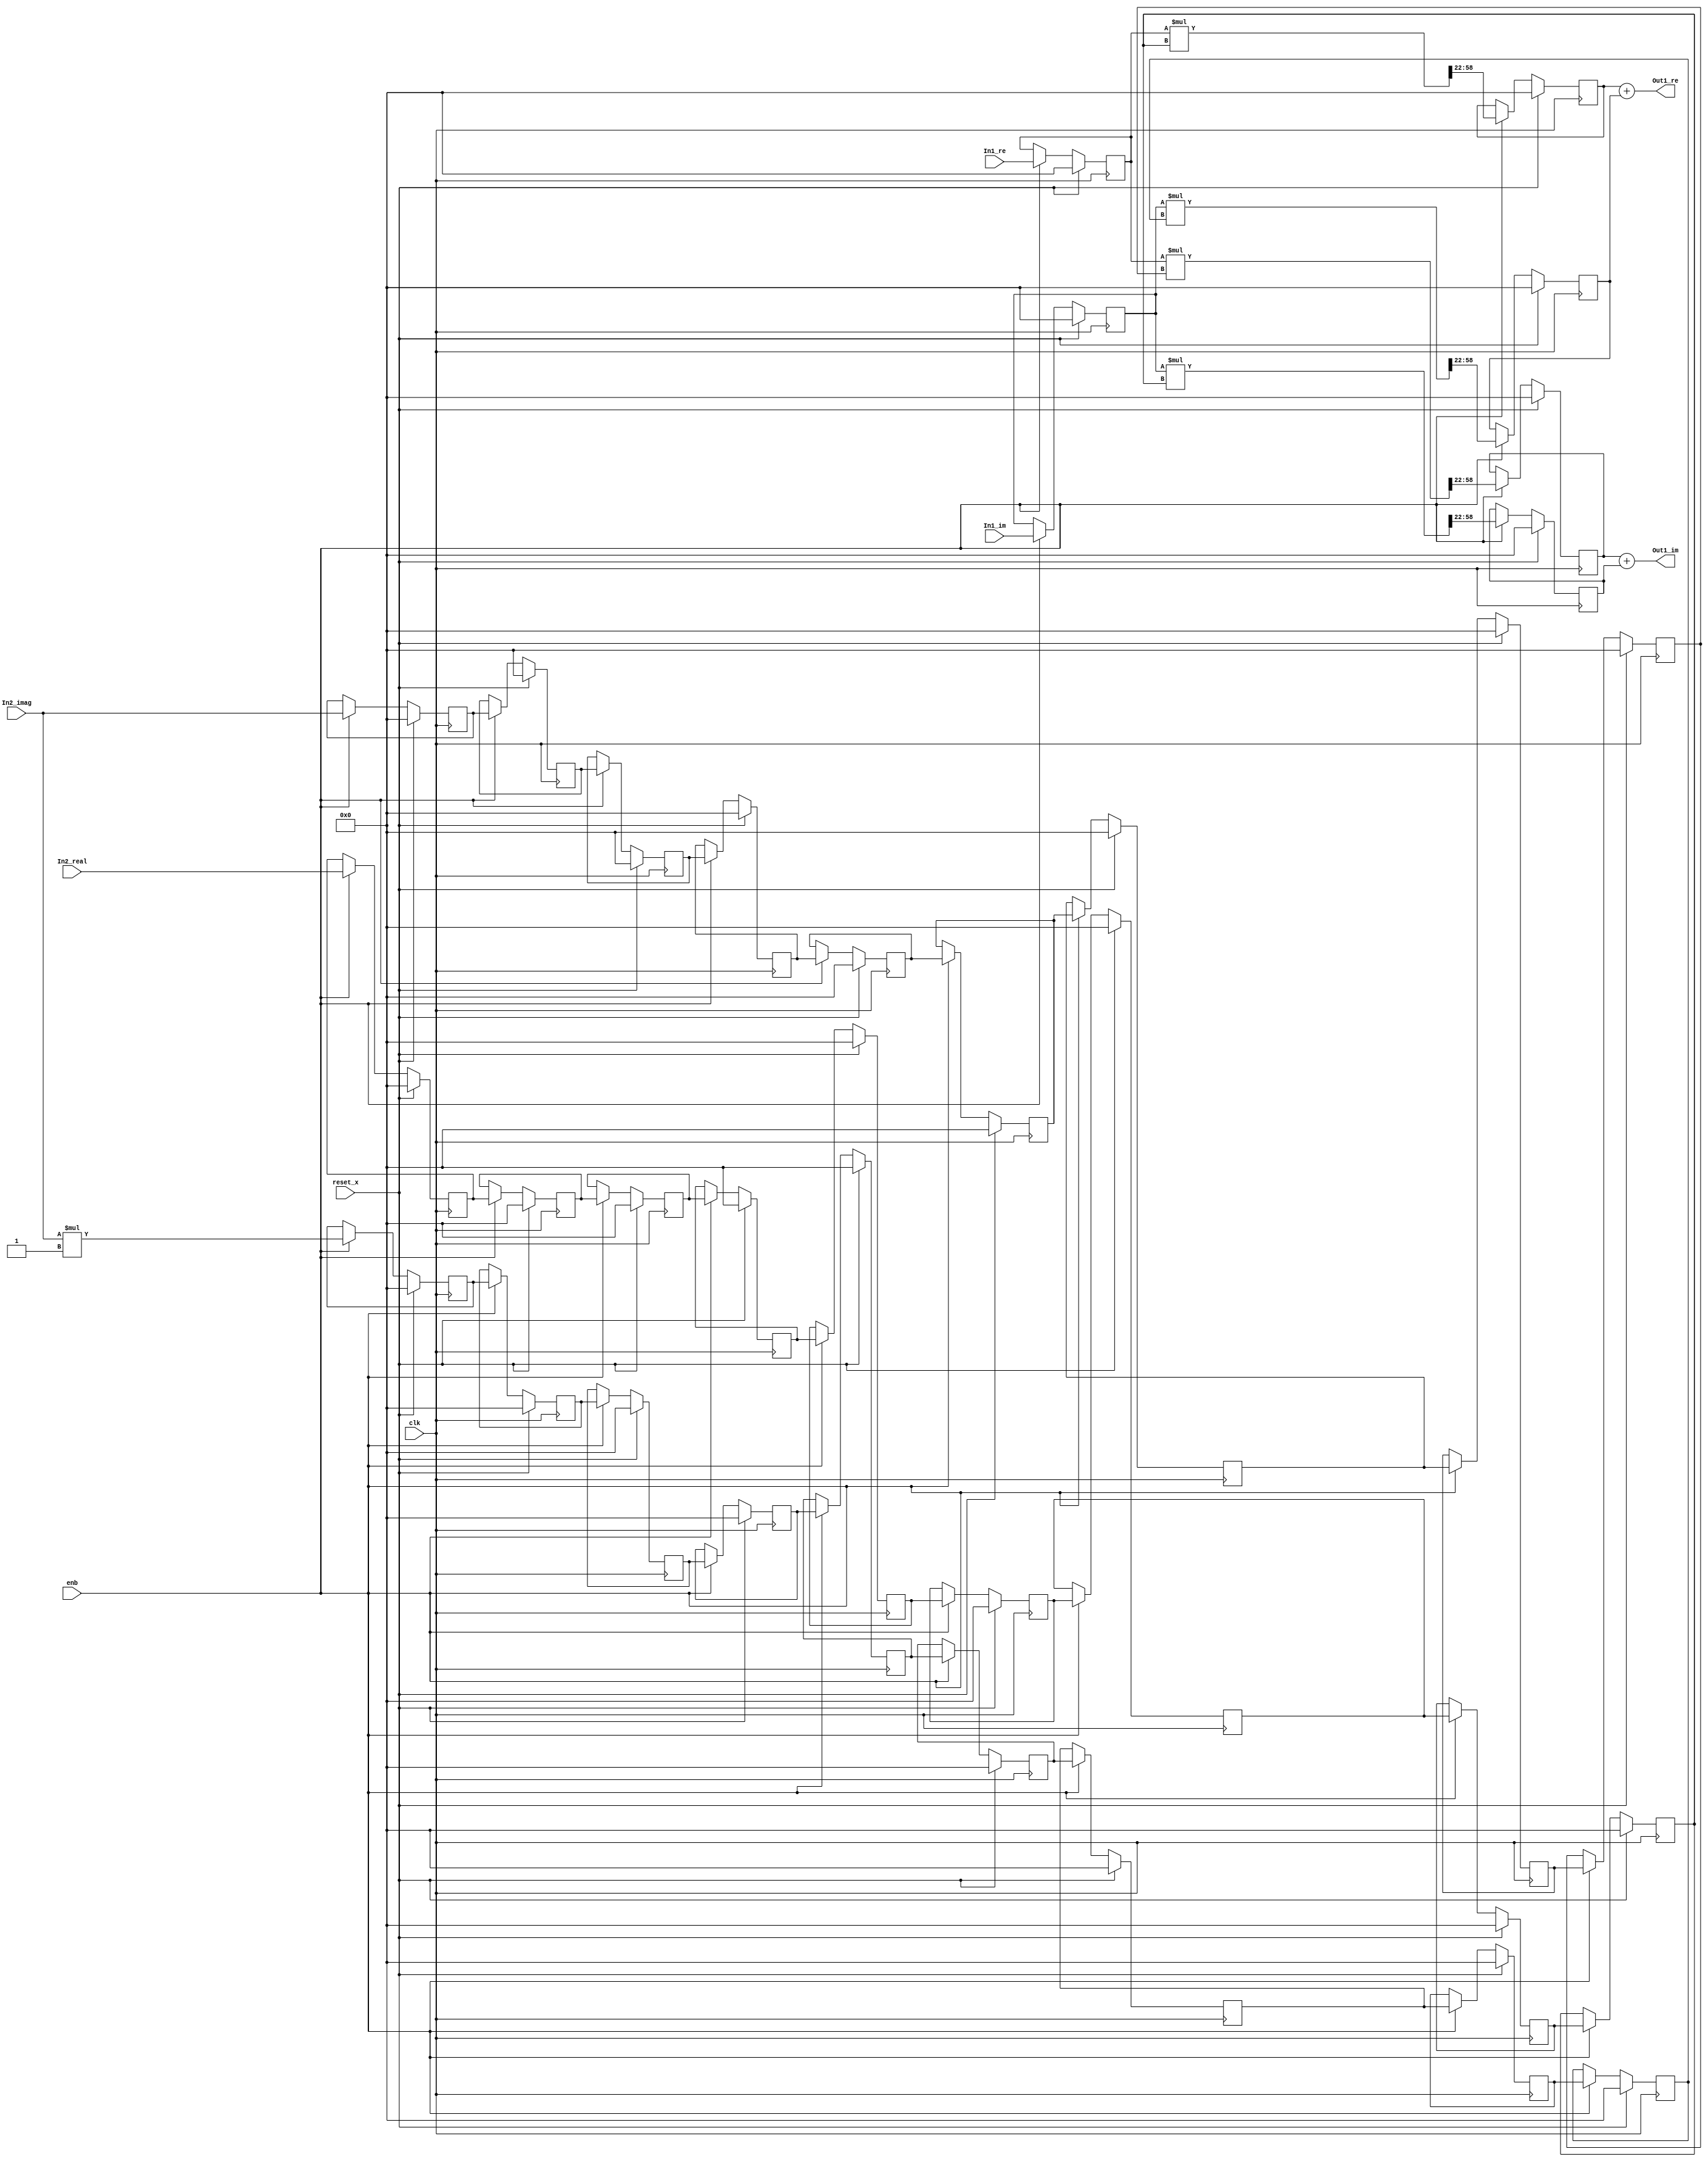
// -------------------------------------------------------------
// 
// 
// Generated by MATLAB 9.8 and HDL Coder 3.16
// 
// -------------------------------------------------------------


// -------------------------------------------------------------
// 
// Module: Complex_multiplication1_block9
// Source Path: newhope_cambios/FDHT/DFT/DFT5/DFT5-column 1/DFT5-3/Complex-multiplication1
// Hierarchy Level: 5
// 
// -------------------------------------------------------------

`timescale 1 ns / 1 ns

module Complex_multiplication1_block9
          (clk,
           reset_x,
           enb,
           In1_re,
           In1_im,
           In2_real,
           In2_imag,
           Out1_re,
           Out1_im);


  input   clk;
  input   reset_x;
  input   enb;
  input   signed [36:0] In1_re;  // sfix37_En22
  input   signed [36:0] In1_im;  // sfix37_En22
  input   signed [36:0] In2_real;  // sfix37_En22
  input   signed [36:0] In2_imag;  // sfix37_En22
  output  signed [36:0] Out1_re;  // sfix37_En22
  output  signed [36:0] Out1_im;  // sfix37_En22


  reg signed [36:0] Complex_to_Real_Imag1_out1;  // sfix37_En22
  reg signed [36:0] reduced_reg [0:8];  // sfix37 [9]
  wire signed [36:0] reduced_reg_next [0:8];  // sfix37_En22 [9]
  wire signed [36:0] In2_real_1;  // sfix37_En22
  wire signed [73:0] Product_mul_temp;  // sfix74_En44
  wire signed [36:0] Product_out1;  // sfix37_En22
  reg signed [36:0] Product_out1_1;  // sfix37_En22
  reg signed [36:0] Complex_to_Real_Imag1_out2;  // sfix37_En22
  wire signed [1:0] Constant_out1;  // sfix2
  wire signed [38:0] Product4_mul_temp;  // sfix39_En22
  wire signed [36:0] Product4_out1;  // sfix37_En22
  reg signed [36:0] HwModeRegister3_reg [0:8];  // sfix37 [9]
  wire signed [36:0] HwModeRegister3_reg_next [0:8];  // sfix37_En22 [9]
  wire signed [36:0] Product4_out1_1;  // sfix37_En22
  wire signed [73:0] Product1_mul_temp;  // sfix74_En44
  wire signed [36:0] Product1_out1;  // sfix37_En22
  reg signed [36:0] Product1_out1_1;  // sfix37_En22
  wire signed [36:0] Sum_out1;  // sfix37_En22
  reg signed [36:0] HwModeRegister5_reg [0:8];  // sfix37 [9]
  wire signed [36:0] HwModeRegister5_reg_next [0:8];  // sfix37_En22 [9]
  wire signed [36:0] In2_imag_1;  // sfix37_En22
  wire signed [73:0] Product2_mul_temp;  // sfix74_En44
  wire signed [36:0] Product2_out1;  // sfix37_En22
  reg signed [36:0] Product2_out1_1;  // sfix37_En22
  wire signed [73:0] Product3_mul_temp;  // sfix74_En44
  wire signed [36:0] Product3_out1;  // sfix37_En22
  reg signed [36:0] Product3_out1_1;  // sfix37_En22
  wire signed [36:0] Sum1_out1;  // sfix37_En22


  always @(posedge clk)
    begin : reduced_process
      if (reset_x == 1'b1) begin
        Complex_to_Real_Imag1_out1 <= 37'sh0000000000;
      end
      else begin
        if (enb) begin
          Complex_to_Real_Imag1_out1 <= In1_re;
        end
      end
    end



  always @(posedge clk)
    begin : reduced_1_process
      if (reset_x == 1'b1) begin
        reduced_reg[0] <= 37'sh0000000000;
        reduced_reg[1] <= 37'sh0000000000;
        reduced_reg[2] <= 37'sh0000000000;
        reduced_reg[3] <= 37'sh0000000000;
        reduced_reg[4] <= 37'sh0000000000;
        reduced_reg[5] <= 37'sh0000000000;
        reduced_reg[6] <= 37'sh0000000000;
        reduced_reg[7] <= 37'sh0000000000;
        reduced_reg[8] <= 37'sh0000000000;
      end
      else begin
        if (enb) begin
          reduced_reg[0] <= reduced_reg_next[0];
          reduced_reg[1] <= reduced_reg_next[1];
          reduced_reg[2] <= reduced_reg_next[2];
          reduced_reg[3] <= reduced_reg_next[3];
          reduced_reg[4] <= reduced_reg_next[4];
          reduced_reg[5] <= reduced_reg_next[5];
          reduced_reg[6] <= reduced_reg_next[6];
          reduced_reg[7] <= reduced_reg_next[7];
          reduced_reg[8] <= reduced_reg_next[8];
        end
      end
    end

  assign In2_real_1 = reduced_reg[8];
  assign reduced_reg_next[0] = In2_real;
  assign reduced_reg_next[1] = reduced_reg[0];
  assign reduced_reg_next[2] = reduced_reg[1];
  assign reduced_reg_next[3] = reduced_reg[2];
  assign reduced_reg_next[4] = reduced_reg[3];
  assign reduced_reg_next[5] = reduced_reg[4];
  assign reduced_reg_next[6] = reduced_reg[5];
  assign reduced_reg_next[7] = reduced_reg[6];
  assign reduced_reg_next[8] = reduced_reg[7];



  assign Product_mul_temp = Complex_to_Real_Imag1_out1 * In2_real_1;
  assign Product_out1 = Product_mul_temp[58:22];



  always @(posedge clk)
    begin : PipelineRegister_process
      if (reset_x == 1'b1) begin
        Product_out1_1 <= 37'sh0000000000;
      end
      else begin
        if (enb) begin
          Product_out1_1 <= Product_out1;
        end
      end
    end



  always @(posedge clk)
    begin : reduced_2_process
      if (reset_x == 1'b1) begin
        Complex_to_Real_Imag1_out2 <= 37'sh0000000000;
      end
      else begin
        if (enb) begin
          Complex_to_Real_Imag1_out2 <= In1_im;
        end
      end
    end



  assign Constant_out1 = 2'sb11;



  assign Product4_mul_temp = In2_imag * Constant_out1;
  assign Product4_out1 = Product4_mul_temp[36:0];



  always @(posedge clk)
    begin : HwModeRegister3_process
      if (reset_x == 1'b1) begin
        HwModeRegister3_reg[0] <= 37'sh0000000000;
        HwModeRegister3_reg[1] <= 37'sh0000000000;
        HwModeRegister3_reg[2] <= 37'sh0000000000;
        HwModeRegister3_reg[3] <= 37'sh0000000000;
        HwModeRegister3_reg[4] <= 37'sh0000000000;
        HwModeRegister3_reg[5] <= 37'sh0000000000;
        HwModeRegister3_reg[6] <= 37'sh0000000000;
        HwModeRegister3_reg[7] <= 37'sh0000000000;
        HwModeRegister3_reg[8] <= 37'sh0000000000;
      end
      else begin
        if (enb) begin
          HwModeRegister3_reg[0] <= HwModeRegister3_reg_next[0];
          HwModeRegister3_reg[1] <= HwModeRegister3_reg_next[1];
          HwModeRegister3_reg[2] <= HwModeRegister3_reg_next[2];
          HwModeRegister3_reg[3] <= HwModeRegister3_reg_next[3];
          HwModeRegister3_reg[4] <= HwModeRegister3_reg_next[4];
          HwModeRegister3_reg[5] <= HwModeRegister3_reg_next[5];
          HwModeRegister3_reg[6] <= HwModeRegister3_reg_next[6];
          HwModeRegister3_reg[7] <= HwModeRegister3_reg_next[7];
          HwModeRegister3_reg[8] <= HwModeRegister3_reg_next[8];
        end
      end
    end

  assign Product4_out1_1 = HwModeRegister3_reg[8];
  assign HwModeRegister3_reg_next[0] = Product4_out1;
  assign HwModeRegister3_reg_next[1] = HwModeRegister3_reg[0];
  assign HwModeRegister3_reg_next[2] = HwModeRegister3_reg[1];
  assign HwModeRegister3_reg_next[3] = HwModeRegister3_reg[2];
  assign HwModeRegister3_reg_next[4] = HwModeRegister3_reg[3];
  assign HwModeRegister3_reg_next[5] = HwModeRegister3_reg[4];
  assign HwModeRegister3_reg_next[6] = HwModeRegister3_reg[5];
  assign HwModeRegister3_reg_next[7] = HwModeRegister3_reg[6];
  assign HwModeRegister3_reg_next[8] = HwModeRegister3_reg[7];



  assign Product1_mul_temp = Complex_to_Real_Imag1_out2 * Product4_out1_1;
  assign Product1_out1 = Product1_mul_temp[58:22];



  always @(posedge clk)
    begin : PipelineRegister1_process
      if (reset_x == 1'b1) begin
        Product1_out1_1 <= 37'sh0000000000;
      end
      else begin
        if (enb) begin
          Product1_out1_1 <= Product1_out1;
        end
      end
    end



  assign Sum_out1 = Product_out1_1 + Product1_out1_1;



  assign Out1_re = Sum_out1;

  always @(posedge clk)
    begin : HwModeRegister5_process
      if (reset_x == 1'b1) begin
        HwModeRegister5_reg[0] <= 37'sh0000000000;
        HwModeRegister5_reg[1] <= 37'sh0000000000;
        HwModeRegister5_reg[2] <= 37'sh0000000000;
        HwModeRegister5_reg[3] <= 37'sh0000000000;
        HwModeRegister5_reg[4] <= 37'sh0000000000;
        HwModeRegister5_reg[5] <= 37'sh0000000000;
        HwModeRegister5_reg[6] <= 37'sh0000000000;
        HwModeRegister5_reg[7] <= 37'sh0000000000;
        HwModeRegister5_reg[8] <= 37'sh0000000000;
      end
      else begin
        if (enb) begin
          HwModeRegister5_reg[0] <= HwModeRegister5_reg_next[0];
          HwModeRegister5_reg[1] <= HwModeRegister5_reg_next[1];
          HwModeRegister5_reg[2] <= HwModeRegister5_reg_next[2];
          HwModeRegister5_reg[3] <= HwModeRegister5_reg_next[3];
          HwModeRegister5_reg[4] <= HwModeRegister5_reg_next[4];
          HwModeRegister5_reg[5] <= HwModeRegister5_reg_next[5];
          HwModeRegister5_reg[6] <= HwModeRegister5_reg_next[6];
          HwModeRegister5_reg[7] <= HwModeRegister5_reg_next[7];
          HwModeRegister5_reg[8] <= HwModeRegister5_reg_next[8];
        end
      end
    end

  assign In2_imag_1 = HwModeRegister5_reg[8];
  assign HwModeRegister5_reg_next[0] = In2_imag;
  assign HwModeRegister5_reg_next[1] = HwModeRegister5_reg[0];
  assign HwModeRegister5_reg_next[2] = HwModeRegister5_reg[1];
  assign HwModeRegister5_reg_next[3] = HwModeRegister5_reg[2];
  assign HwModeRegister5_reg_next[4] = HwModeRegister5_reg[3];
  assign HwModeRegister5_reg_next[5] = HwModeRegister5_reg[4];
  assign HwModeRegister5_reg_next[6] = HwModeRegister5_reg[5];
  assign HwModeRegister5_reg_next[7] = HwModeRegister5_reg[6];
  assign HwModeRegister5_reg_next[8] = HwModeRegister5_reg[7];



  assign Product2_mul_temp = Complex_to_Real_Imag1_out1 * In2_imag_1;
  assign Product2_out1 = Product2_mul_temp[58:22];



  always @(posedge clk)
    begin : PipelineRegister2_process
      if (reset_x == 1'b1) begin
        Product2_out1_1 <= 37'sh0000000000;
      end
      else begin
        if (enb) begin
          Product2_out1_1 <= Product2_out1;
        end
      end
    end



  assign Product3_mul_temp = Complex_to_Real_Imag1_out2 * In2_real_1;
  assign Product3_out1 = Product3_mul_temp[58:22];



  always @(posedge clk)
    begin : PipelineRegister3_process
      if (reset_x == 1'b1) begin
        Product3_out1_1 <= 37'sh0000000000;
      end
      else begin
        if (enb) begin
          Product3_out1_1 <= Product3_out1;
        end
      end
    end



  assign Sum1_out1 = Product2_out1_1 + Product3_out1_1;



  assign Out1_im = Sum1_out1;

endmodule  // Complex_multiplication1_block9